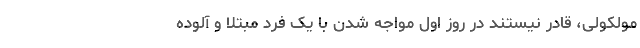
مولکولی، قادر نیستند در روز اول مواجه شدن با یک فرد مبتلا و آلوده